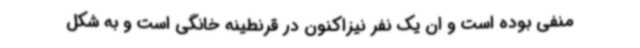
منفی بوده است و ان یک نفر نیزاکنون در قرنطینه خانگی است و به شکل